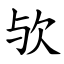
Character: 欤